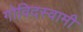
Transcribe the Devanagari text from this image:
गोविदस्वामी